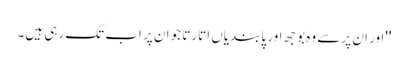
''اور ان پر سے وہ بوجھ اور پابندیاں اتارتا جو ان پر اب تک رہی ہیں۔